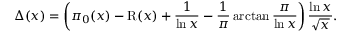
\Delta ( x ) = \left( \pi _ { 0 } ( x ) - \operatorname { R } ( x ) + { \frac { 1 } { \ln x } } - { \frac { 1 } { \pi } } \arctan { \frac { \pi } { \ln x } } \right) { \frac { \ln x } { \sqrt { x } } } .